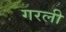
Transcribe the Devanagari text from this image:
गरली